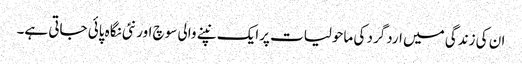
ان کی زندگی میں اردگرد کی ماحولیات پرایک نپنے والی سوچ اور نئی نگاہ پائی جاتی ہے۔